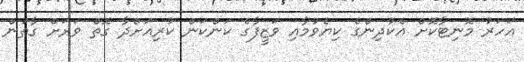
އަހަރު މޮނިޓާކޮށް އެކުދިންގެ ކިޔެވުމާއި ވަޒީފާގެ ކަންކަން ކުރިއަށްދާ ގޮތް ވަރަށް ގާތުން